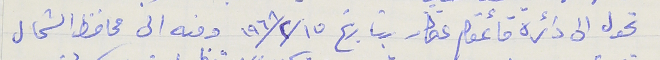
تحول الى دائرة قائمقام عكار بتاريخ ١٥/ ٢ / ١٩٦٨ ومنه الى محافظ الشمال